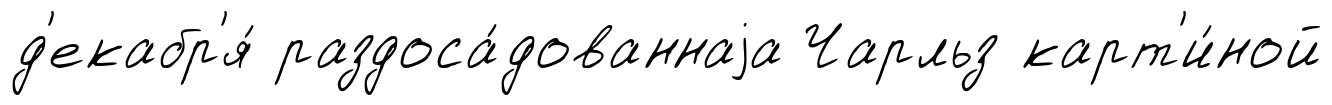
д'екабр'я́ раздоса́дованнаjа Чарльз карт'и́ной